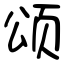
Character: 颂